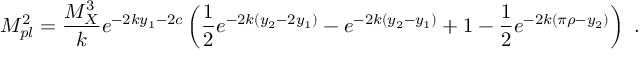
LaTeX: M _ { p l } ^ { 2 } = { \frac { M _ { X } ^ { 3 } } { k } } e ^ { - 2 k y _ { 1 } - 2 c } \left( { \frac { 1 } { 2 } } e ^ { - 2 k ( y _ { 2 } - 2 y _ { 1 } ) } - e ^ { - 2 k ( y _ { 2 } - y _ { 1 } ) } + 1 - { \frac { 1 } { 2 } } e ^ { - 2 k ( \pi \rho - y _ { 2 } ) } \right) ~ . ~ \,